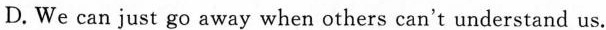
D. We can just go away when others can't understand us.